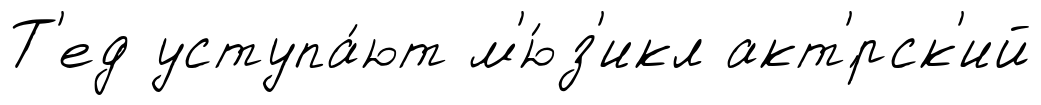
Т'ед уступа́ют м'ю́з'икл акт'́рск'ий